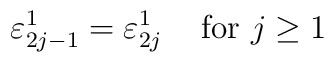
\varepsilon^{1}_{2j-1}=\varepsilon^{1}_{2j}\;\;\;\mbox{ for } j\geq1